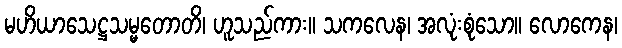
မဟိယာသေဋ္ဌသမ္မတောတိ၊ ဟူသည်ကား။ သကလေန၊ အလုံးစုံသော။ လောကေန၊